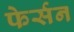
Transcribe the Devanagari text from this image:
फेर्सन